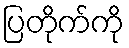
ပြတိုက်ကို